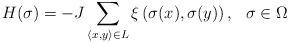
LaTeX: \begin{align*} H(\sigma)=-J\sum_{\langle x,y\rangle\in L}\xi\left(\sigma(x),\sigma(y)\right), \,\,\ \sigma\in\Omega \end{align*}